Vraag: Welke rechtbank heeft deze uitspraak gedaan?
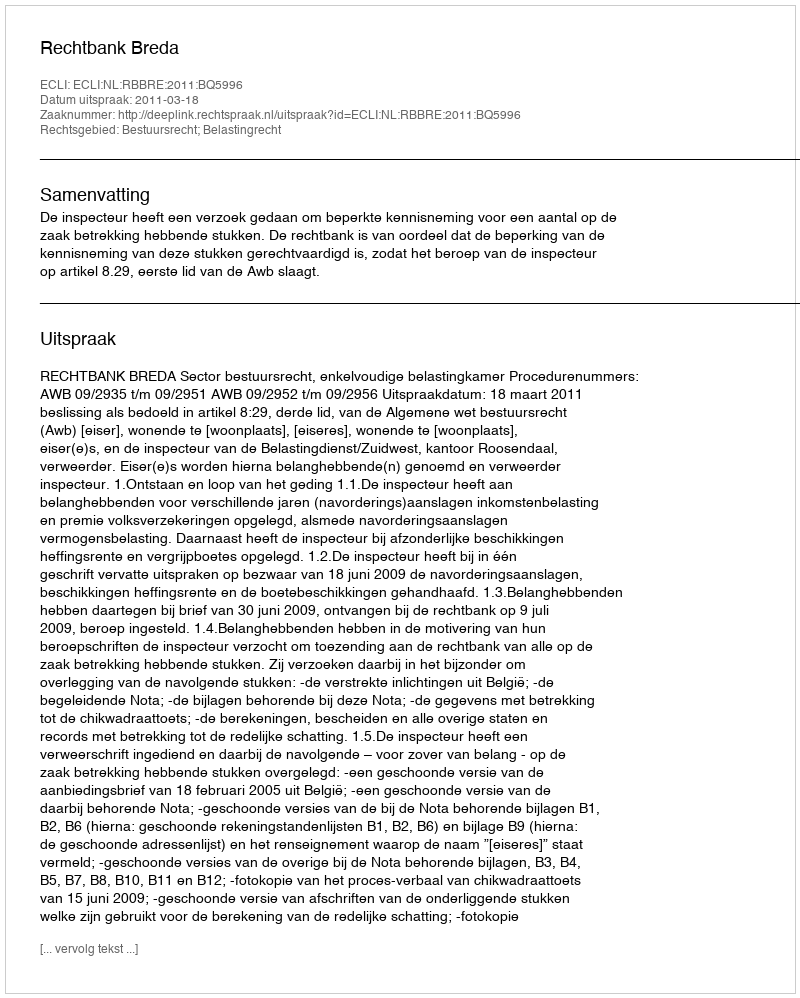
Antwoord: Rechtbank Breda